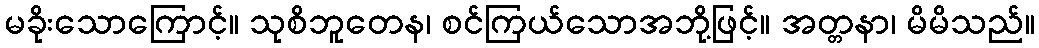
မခိုးသောကြောင့်။ သုစိဘူတေန၊ စင်ကြယ်သောအဘို့ဖြင့်။ အတ္တနာ၊ မိမိသည်။